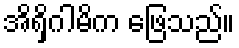
အိရှိဂါမိက ဖြေသည်။